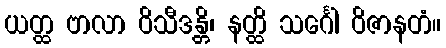
ယတ္ထ ဗာလာ ဝိသီဒန္တိ၊ နတ္ထိ သင်္ဂေါ ဝိဇာနတံ။